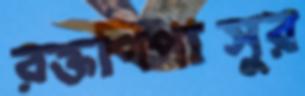
রক্তপিপাসুর